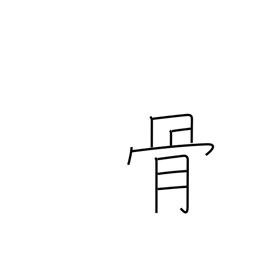
Meaning: remains